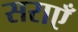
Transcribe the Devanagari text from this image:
सराएँ